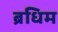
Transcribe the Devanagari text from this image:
ब्रधिम